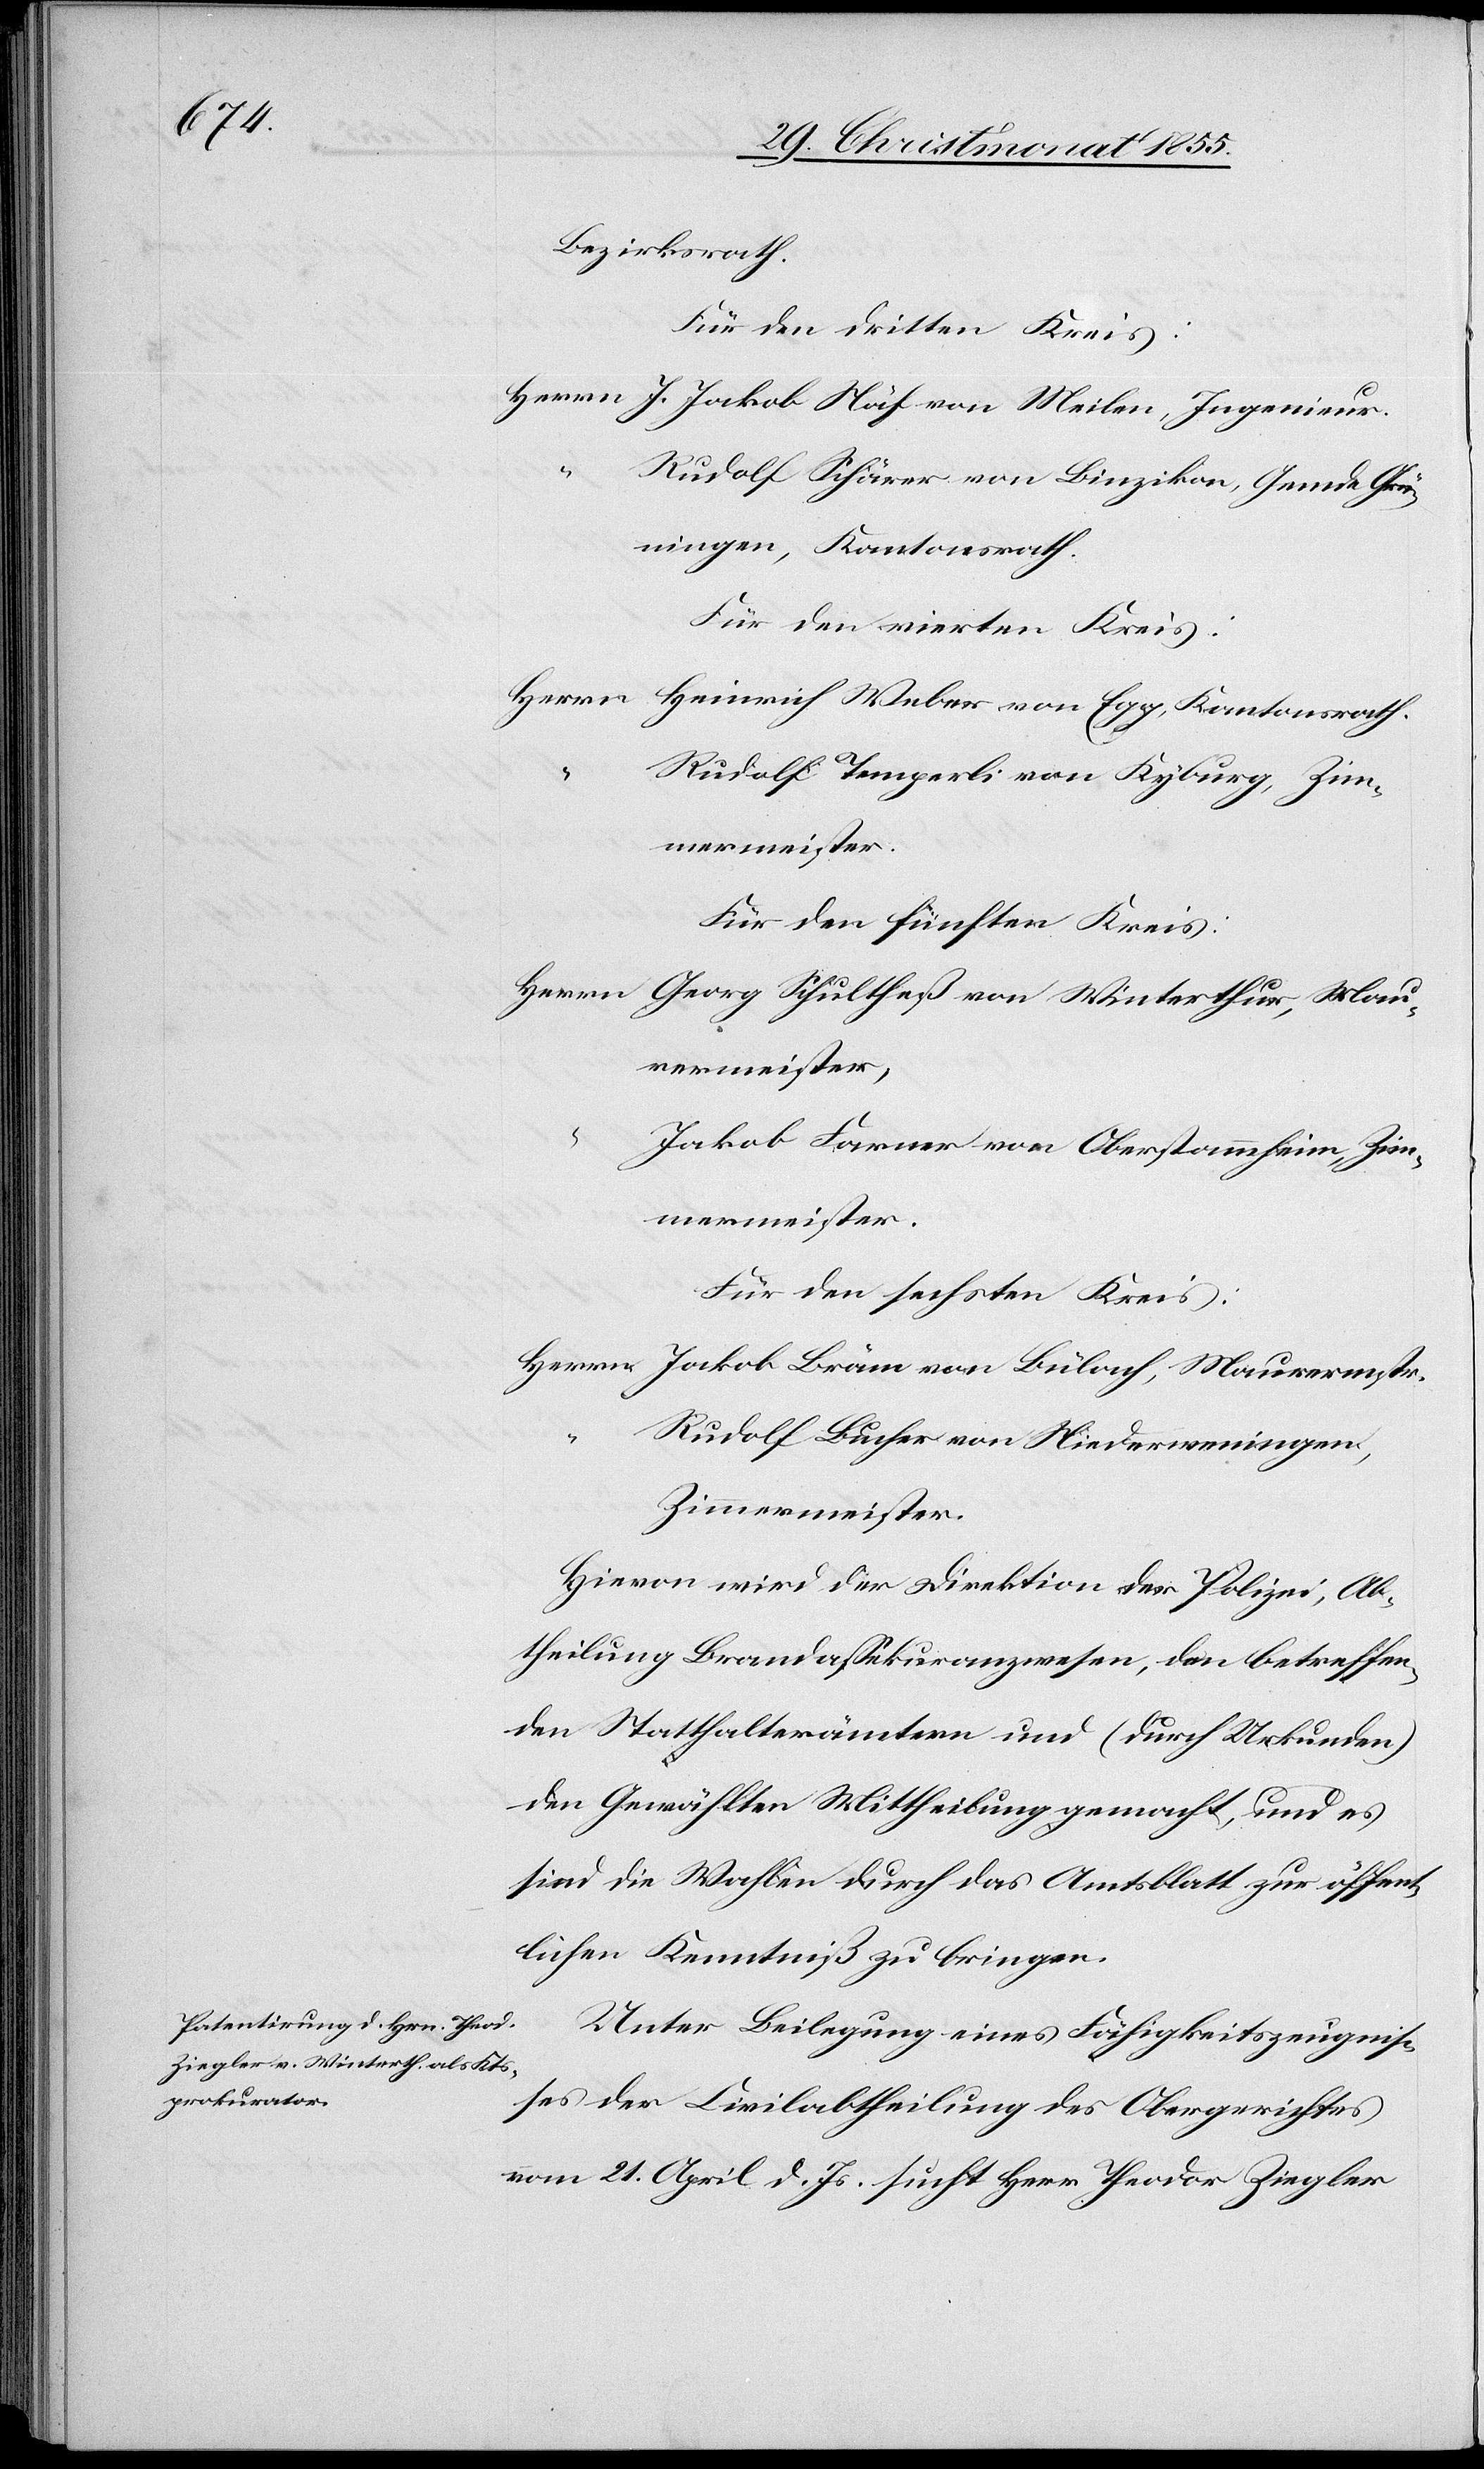
Bezirksrath.
Für den dritten Kreis:
Herrn J. Jakob Näf von Meilen, Ingenieur.
Rudolf Schärer von Binzikon, Gemde Grü¬
ningen, Kantonsrath.
Für den vierten Kreis:
Herrn
Heinrich Weber von Egg, Kantonsrath.
Rudolf Temperli von Kyburg, Zim¬
mermeister.
Für den fünften Kreis:
Herrn Georg Schultheß von Winterthur, Mau¬
rermeister,
Jakob Farner von Oberstammheim, Zim¬
mermeister.
Für den sechsten Kreis:
Herrn Jakob Bräm von Bülach, Maurermstr.
Rudolf Bucher von Niederweningen,
Zimmermeister.
Hievon wird der Direktion der Polizei, Ab¬
theilung Brandassekuranzwesen, den betreffen¬
den Statthalterämtern und (durch Urkunden)
den Gewählten Mittheilung gemacht, und es
sind die Wahlen durch das Amtsblatt zur öffent¬
lichen Kenntniß zu bringen.
Unter Beilegung eines Fähigkeitszeugnis¬
ses der Civilabtheilung des Obergerichtes
vom 21. April d. Js. sucht Herr Theodor Ziegler